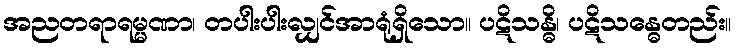
အညတရာရမ္မဏာ၊ တပါးပါးလျှင်အာရုံရှိသော။ ပဋိသန္ဓိ၊ ပဋိသန္ဓေတည်း။